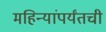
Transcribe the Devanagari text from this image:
महिन्यांपर्यंतची